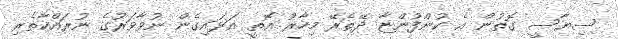
ސިޔާސީ ގޮތުން އެ ކުންފުންޏާ ދޭތެރޭ މިހާރު އޮތީ އަޅައިގެން ނުވާވަރުގެ ނުރައްކާތެރި